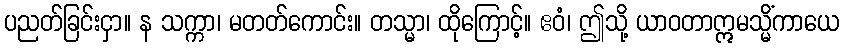
ပညတ်ခြင်းငှာ။ န သက္ကာ၊ မတတ်ကောင်း။ တသ္မာ၊ ထိုကြောင့်။ ဧဝံ၊ ဤသို့ ယာဝတာဣမသ္မိံကာယေ